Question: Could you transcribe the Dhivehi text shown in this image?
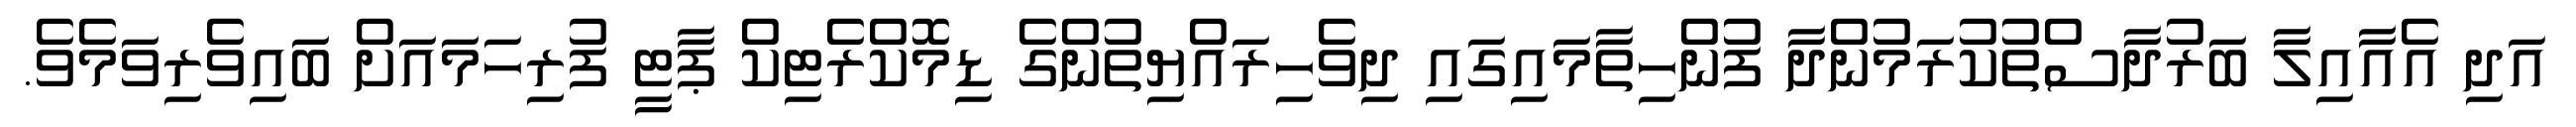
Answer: އަދި އެއާއިލާ ބަރުދާސްތުކުރަމުންދާ ފުންހިތާމައިގައި ދިވެހިރައްޔިތުންގެ ޑިމޮކްރެޓިކް ޕާޓީ ފުރިހަމައަށް ބައިވެރިވަމެވެ.